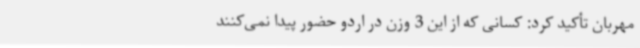
مهربان تأکید کرد: کسانی که از این 3 وزن در اردو حضور پیدا نمی‌کنند